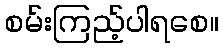
စမ်းကြည့်ပါရစေ။